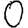
Digit: 0